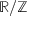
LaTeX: \mathbb { R } / \mathbb { Z }